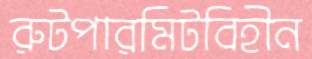
রুটপারমিটবিহীন